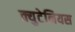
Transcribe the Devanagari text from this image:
क्युटेनियस